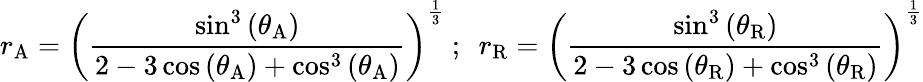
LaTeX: r_{\mathrm{A}}=\left({\frac{\sin^{3}\left(\theta_{\mathrm{A}}\right)}{2-3\cos\left(\theta_{\mathrm{A}}\right)+\cos^{3}\left(\theta_{\mathrm{A}}\right)}}\right)^{\frac{1}{3}}~;~~r_{\mathrm{R}}=\left({\frac{\sin^{3}\left(\theta_{\mathrm{R}}\right)}{2-3\cos\left(\theta_{\mathrm{R}}\right)+\cos^{3}\left(\theta_{\mathrm{R}}\right)}}\right)^{\frac{1}{3}}